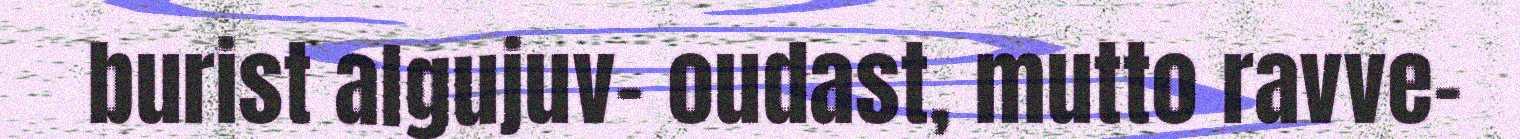
burist algujuv- oudast, mutto ravve-